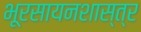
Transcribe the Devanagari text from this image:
भूरसायनशास्त्र